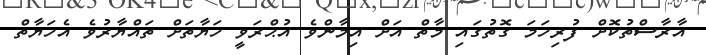
އާރާސްތުކޮށް ފުރިހަމަ ގޮތުގައި މާތް އަށް އިމާންވެ އުޙްރަވީ ހަޔާތަށް ތައްޔާރުވެ އެހަޔާތް